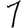
Digit: 1